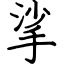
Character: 挲